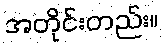
အတိုင်းတည်း။